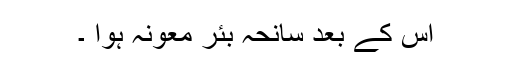
اس کے بعد سانحہ بئرِ معونہ ہوا ۔